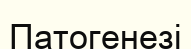
Патогенезі